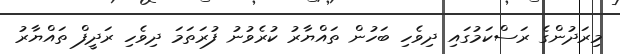
މިރަދުންގެ ރަސްކަމުގައި ދިވެހި ބަހުން ތައްޔާރު ކުރެވުނު ފުރަތަމަ ދިވެހި ރަދީފް ތައްޔާރު